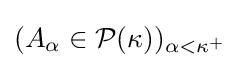
(A_{\alpha }\in {\mathcal {P}}(\kappa ))_{\alpha <\kappa ^{+}}